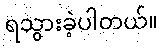
ရသွားခဲ့ပါတယ်။